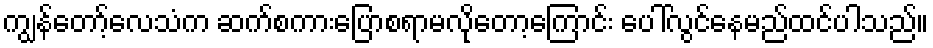
ကျွန်တော့်လေသံက ဆက်စကားပြောစရာမလိုတော့ကြောင်း ပေါ်လွင်နေမည်ထင်ပါသည်။